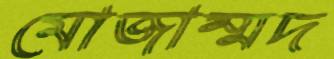
মোজাম্মদ